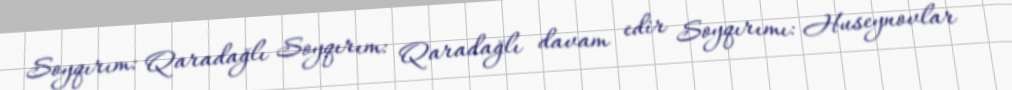
Soyqırım: Qaradağlı Soyqırım: Qaradağlı davam edir Soyqırımı: Huseynovlar